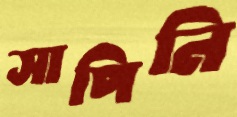
সাপিনি